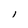
Character: l